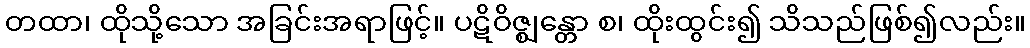
တထာ၊ ထိုသို့သော အခြင်းအရာဖြင့်။ ပဋိဝိဇ္ဈန္တော စ၊ ထိုးထွင်း၍ သိသည်ဖြစ်၍လည်း။